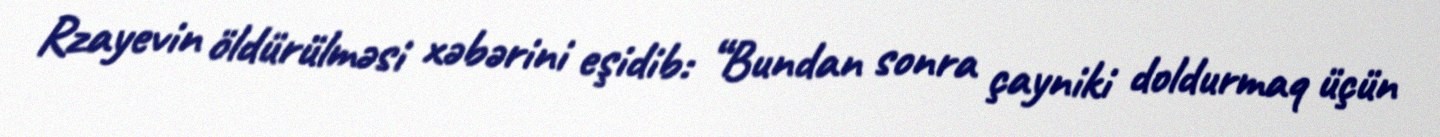
Rzayevin öldürülməsi xəbərini eşidib: “Bundan sonra çayniki doldurmaq üçün